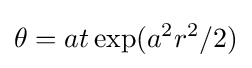
\theta =at\exp(a^{2}r^{2}/2)